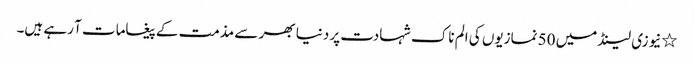
٭نیوزی لینڈ میں 50 نمازیوں کی الم ناک شہادت پر دنیا بھر سے مذمت کے پیغامات آ رہے ہیں۔